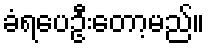
ခံရပေဦးတော့မည်။